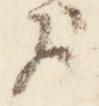
歟